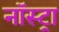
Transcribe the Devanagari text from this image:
नॉस्ट्रा